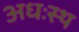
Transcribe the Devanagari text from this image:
अधःस्थ